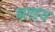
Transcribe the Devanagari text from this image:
ब्राह्य